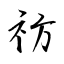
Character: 祊